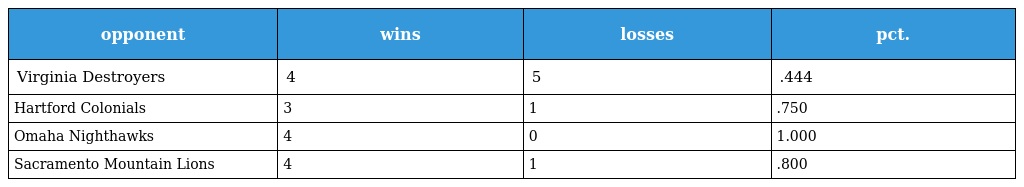
| opponent | wins | losses | pct. |
 | --- | --- | --- | --- |
 | Virginia Destroyers | 4 | 5 | .444 |
 | Hartford Colonials | 3 | 1 | .750 |
 | Omaha Nighthawks | 4 | 0 | 1.000 |
 | Sacramento Mountain Lions | 4 | 1 | .800 |